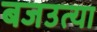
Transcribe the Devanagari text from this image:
बजउत्या